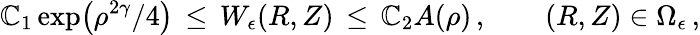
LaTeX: \mathbb{C}_{1}\exp\bigl(\rho^{2\gamma}/4\bigr)\, \le\, W_{\epsilon}(R,Z)\, \le\, \mathbb{C}_{2}A(\rho)\, ,\qquad(R,Z)\in\Omega_{\epsilon}\, ,